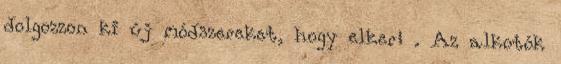
dolgozzon ki új módszereket, hogy elker� . Az alkotók